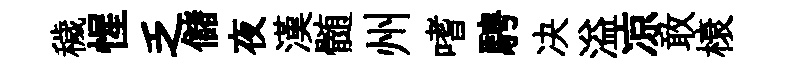
穢惺乏儲夜漢髄州嗜騁决溢凉敢榱